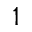
1